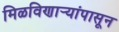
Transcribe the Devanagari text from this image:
मिळविणार्‍यांपासून